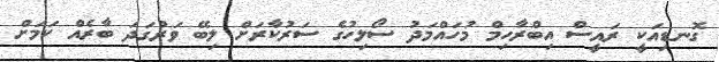
ގޮނޑިއަކީ ރައީސް އިބްރާހިމް މުހައްމަދު ސޯލިހުގެ ސަރުކާރަށް ލިބޭ ވަރުގަދަ ބާރެއް ކަމަށް